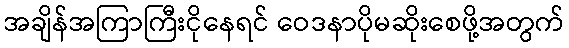
အချိန်အကြာကြီးငိုနေရင် ဝေဒနာပိုမဆိုးစေဖို့အတွက်